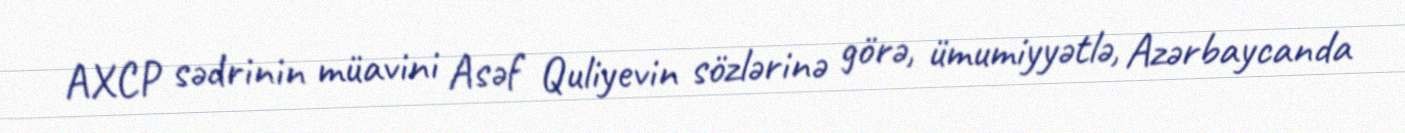
AXCP sədrinin müavini Asəf Quliyevin sözlərinə görə, ümumiyyətlə, Azərbaycanda